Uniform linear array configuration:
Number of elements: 8
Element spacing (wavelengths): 0.75
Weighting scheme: uniform
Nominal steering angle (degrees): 0
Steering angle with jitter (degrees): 0.1779
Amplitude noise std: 0.05
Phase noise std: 0.05

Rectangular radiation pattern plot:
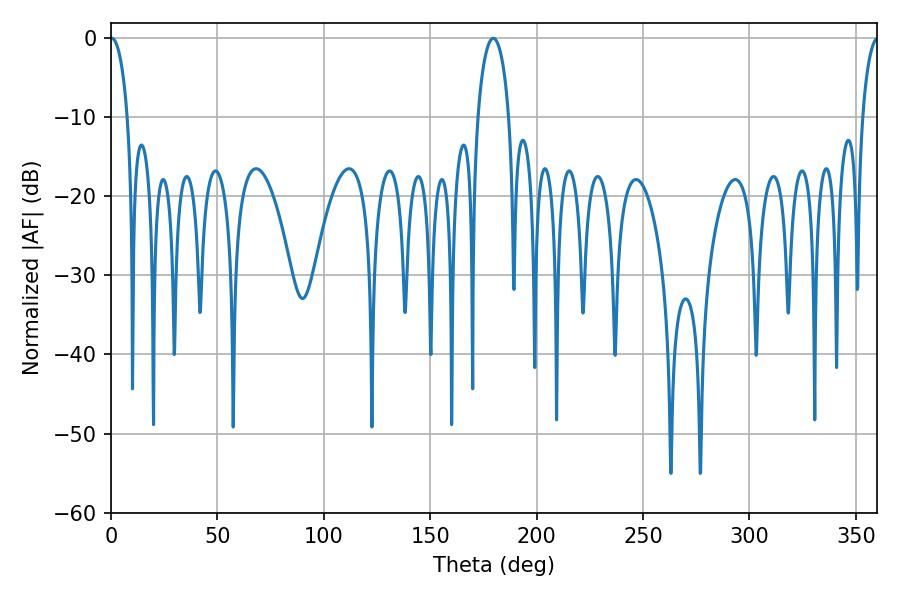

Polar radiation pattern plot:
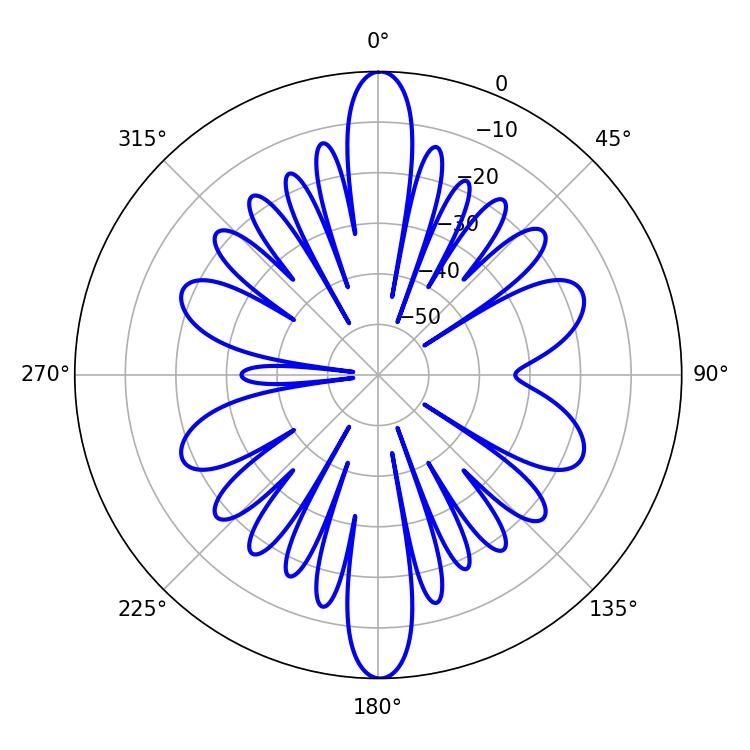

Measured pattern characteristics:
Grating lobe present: TRUE
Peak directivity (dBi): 25.581
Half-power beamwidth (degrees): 4.5
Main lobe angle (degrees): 0.36